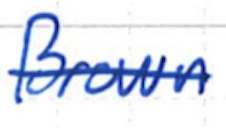
Text: Brown
Cross-out: single-line
Writing tool: ballpoint